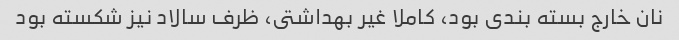
نان خارج بسته بندى بود، کاملا غیر بهداشتى، ظرف سالاد نیز شکسته بود